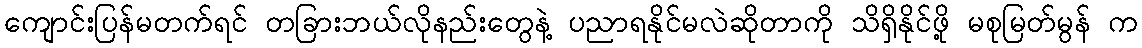
ကျောင်းပြန်မတက်ရင် တခြားဘယ်လိုနည်းတွေနဲ့ ပညာရနိုင်မလဲဆိုတာကို သိရှိနိုင်ဖို့ မစုမြတ်မွန် က